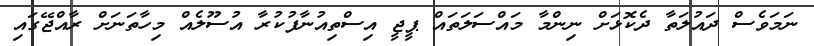
ނަމަވެސް ދައުލަތާ ދެކޮޅަށް ނިންމާ މައްސަލަތައް ޕީޖީ އިސްތިއުނާފުކުރާ އުސޫލެއް މިހާތަނަށް ރާއްޖޭގައި